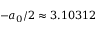
- a _ { 0 } / 2 \approx 3 . 1 0 3 1 2